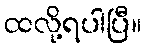
ထလို့ရပါပြီ။